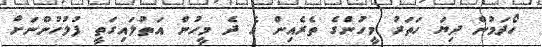
ހޯދަމުން ދިޔަ ހަތަރު މީހުންގެ ތެރެއިން އެ ދެ މީހުން އަތުލައިގަތީ ފުލުހުންނަށް